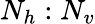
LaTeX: N_{h}:N_{v}